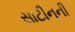
સાટીનની